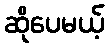
ဆိုပေမယ့်